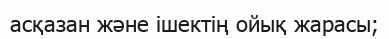
асқазан және ішектің ойық жарасы;